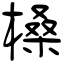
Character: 槡